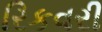
રિકવરી